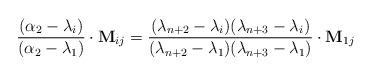
LaTeX: \begin{align*} \frac{(\alpha_2-\lambda_i)}{(\alpha_2-\lambda_1)}\cdot \mathbf M_{ij}=\frac{(\lambda_{n+2}-\lambda_i)(\lambda_{n+3}-\lambda_i)}{(\lambda_{n+2}-\lambda_1)(\lambda_{n+3}-\lambda_1)}\cdot\mathbf M_{1j}\end{align*}